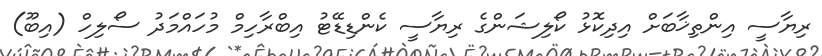
ރިޔާސީ އިންތިޚާބަށް އިދިކޮޅު ކޯލިޝަންގެ ރިޔާސީ ކެންޑިޑޭޓު އިބްރާހިމް މުހައްމަދު ސޯލިހް (އިބޫ)